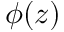
\phi ( z )